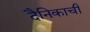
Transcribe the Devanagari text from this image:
दैनिकाची